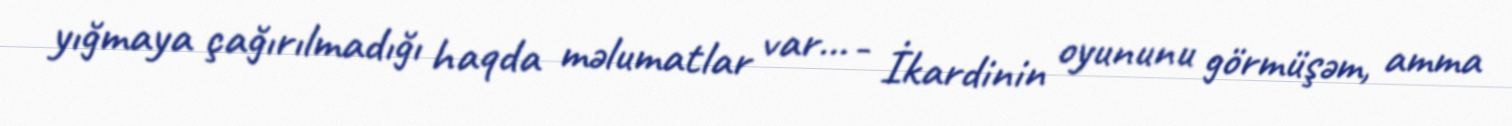
yığmaya çağırılmadığı haqda məlumatlar var... - İkardinin oyununu görmüşəm, amma